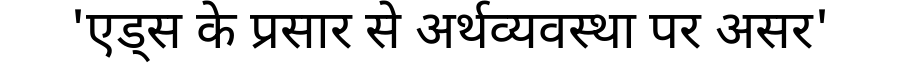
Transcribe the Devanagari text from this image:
'एड्स के प्रसार से अर्थव्यवस्था पर असर'